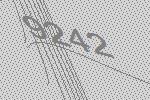
9242